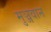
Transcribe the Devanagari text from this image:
मुञ्जवान